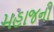
મહાજની